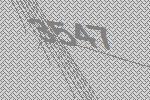
3547